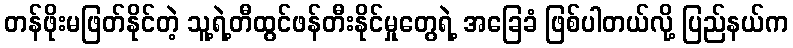
တန်ဖိုးမဖြတ်နိုင်တဲ့ သူ့ရဲ့တီထွင်ဖန်တီးနိုင်မှုတွေရဲ့ အခြေခံ ဖြစ်ပါတယ်လို့ ပြည်နယ်က